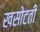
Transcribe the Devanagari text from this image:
खसोटती